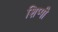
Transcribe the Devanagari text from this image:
शिप्पी